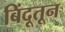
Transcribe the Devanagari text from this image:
बिंदूतून